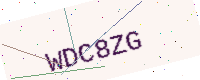
Text: WDC8ZG